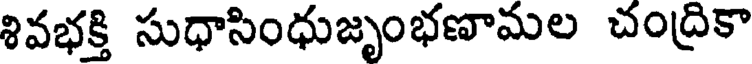
శివభక్తి సుధాసింధుజృంభణామల చంద్రికా